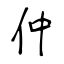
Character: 仲